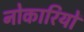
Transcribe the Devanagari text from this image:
नोकारियों